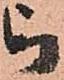
被